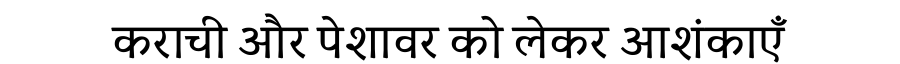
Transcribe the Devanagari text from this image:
कराची और पेशावर को लेकर आशंकाएँ